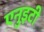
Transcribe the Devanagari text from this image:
एनुइटी